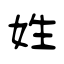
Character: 姓